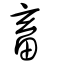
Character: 畜